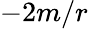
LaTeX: -2m/r